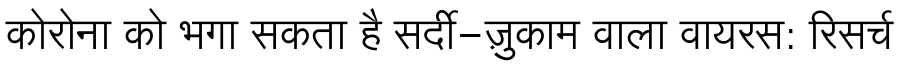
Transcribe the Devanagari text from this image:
कोरोना को भगा सकता है सर्दी-ज़ुकाम वाला वायरस: रिसर्च